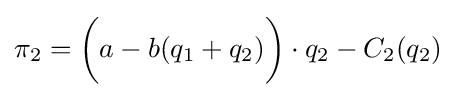
\pi _{2}={\bigg (}a-b(q_{1}+q_{2}){\bigg )}\cdot q_{2}-C_{2}(q_{2})